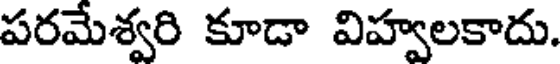
పరమేశ్వరి కూడా విహ్వలకాదు.